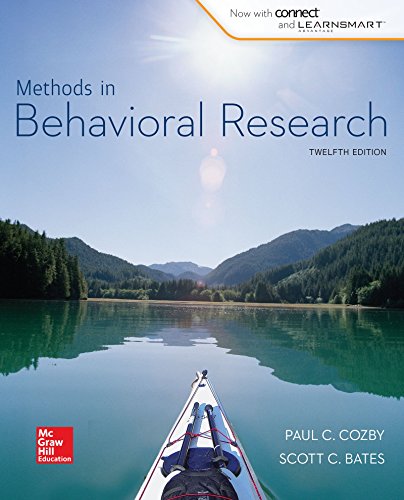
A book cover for Looseleaf for Methods in Behavioral Research; Paul Cozby; Medical Books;